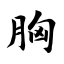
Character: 胸